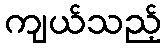
ကျယ်သည့်